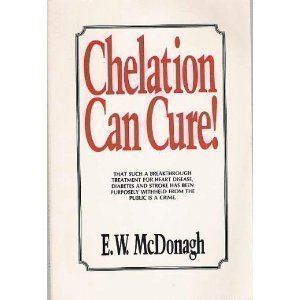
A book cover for Chelation Can Cure: How to Reverse Heart Disease, Diabetes, Stroke, High Blood Pressure and Poor Circulation Without Drugs or Surgery; E. W. McDonagh; Health, Fitness & Dieting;